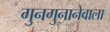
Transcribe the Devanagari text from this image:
गुनगुनानेवाला